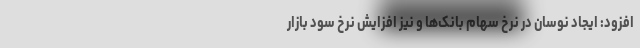
افزود: ایجاد نوسان در نرخ سهام بانک‌ها و نیز افزایش نرخ سود بازار